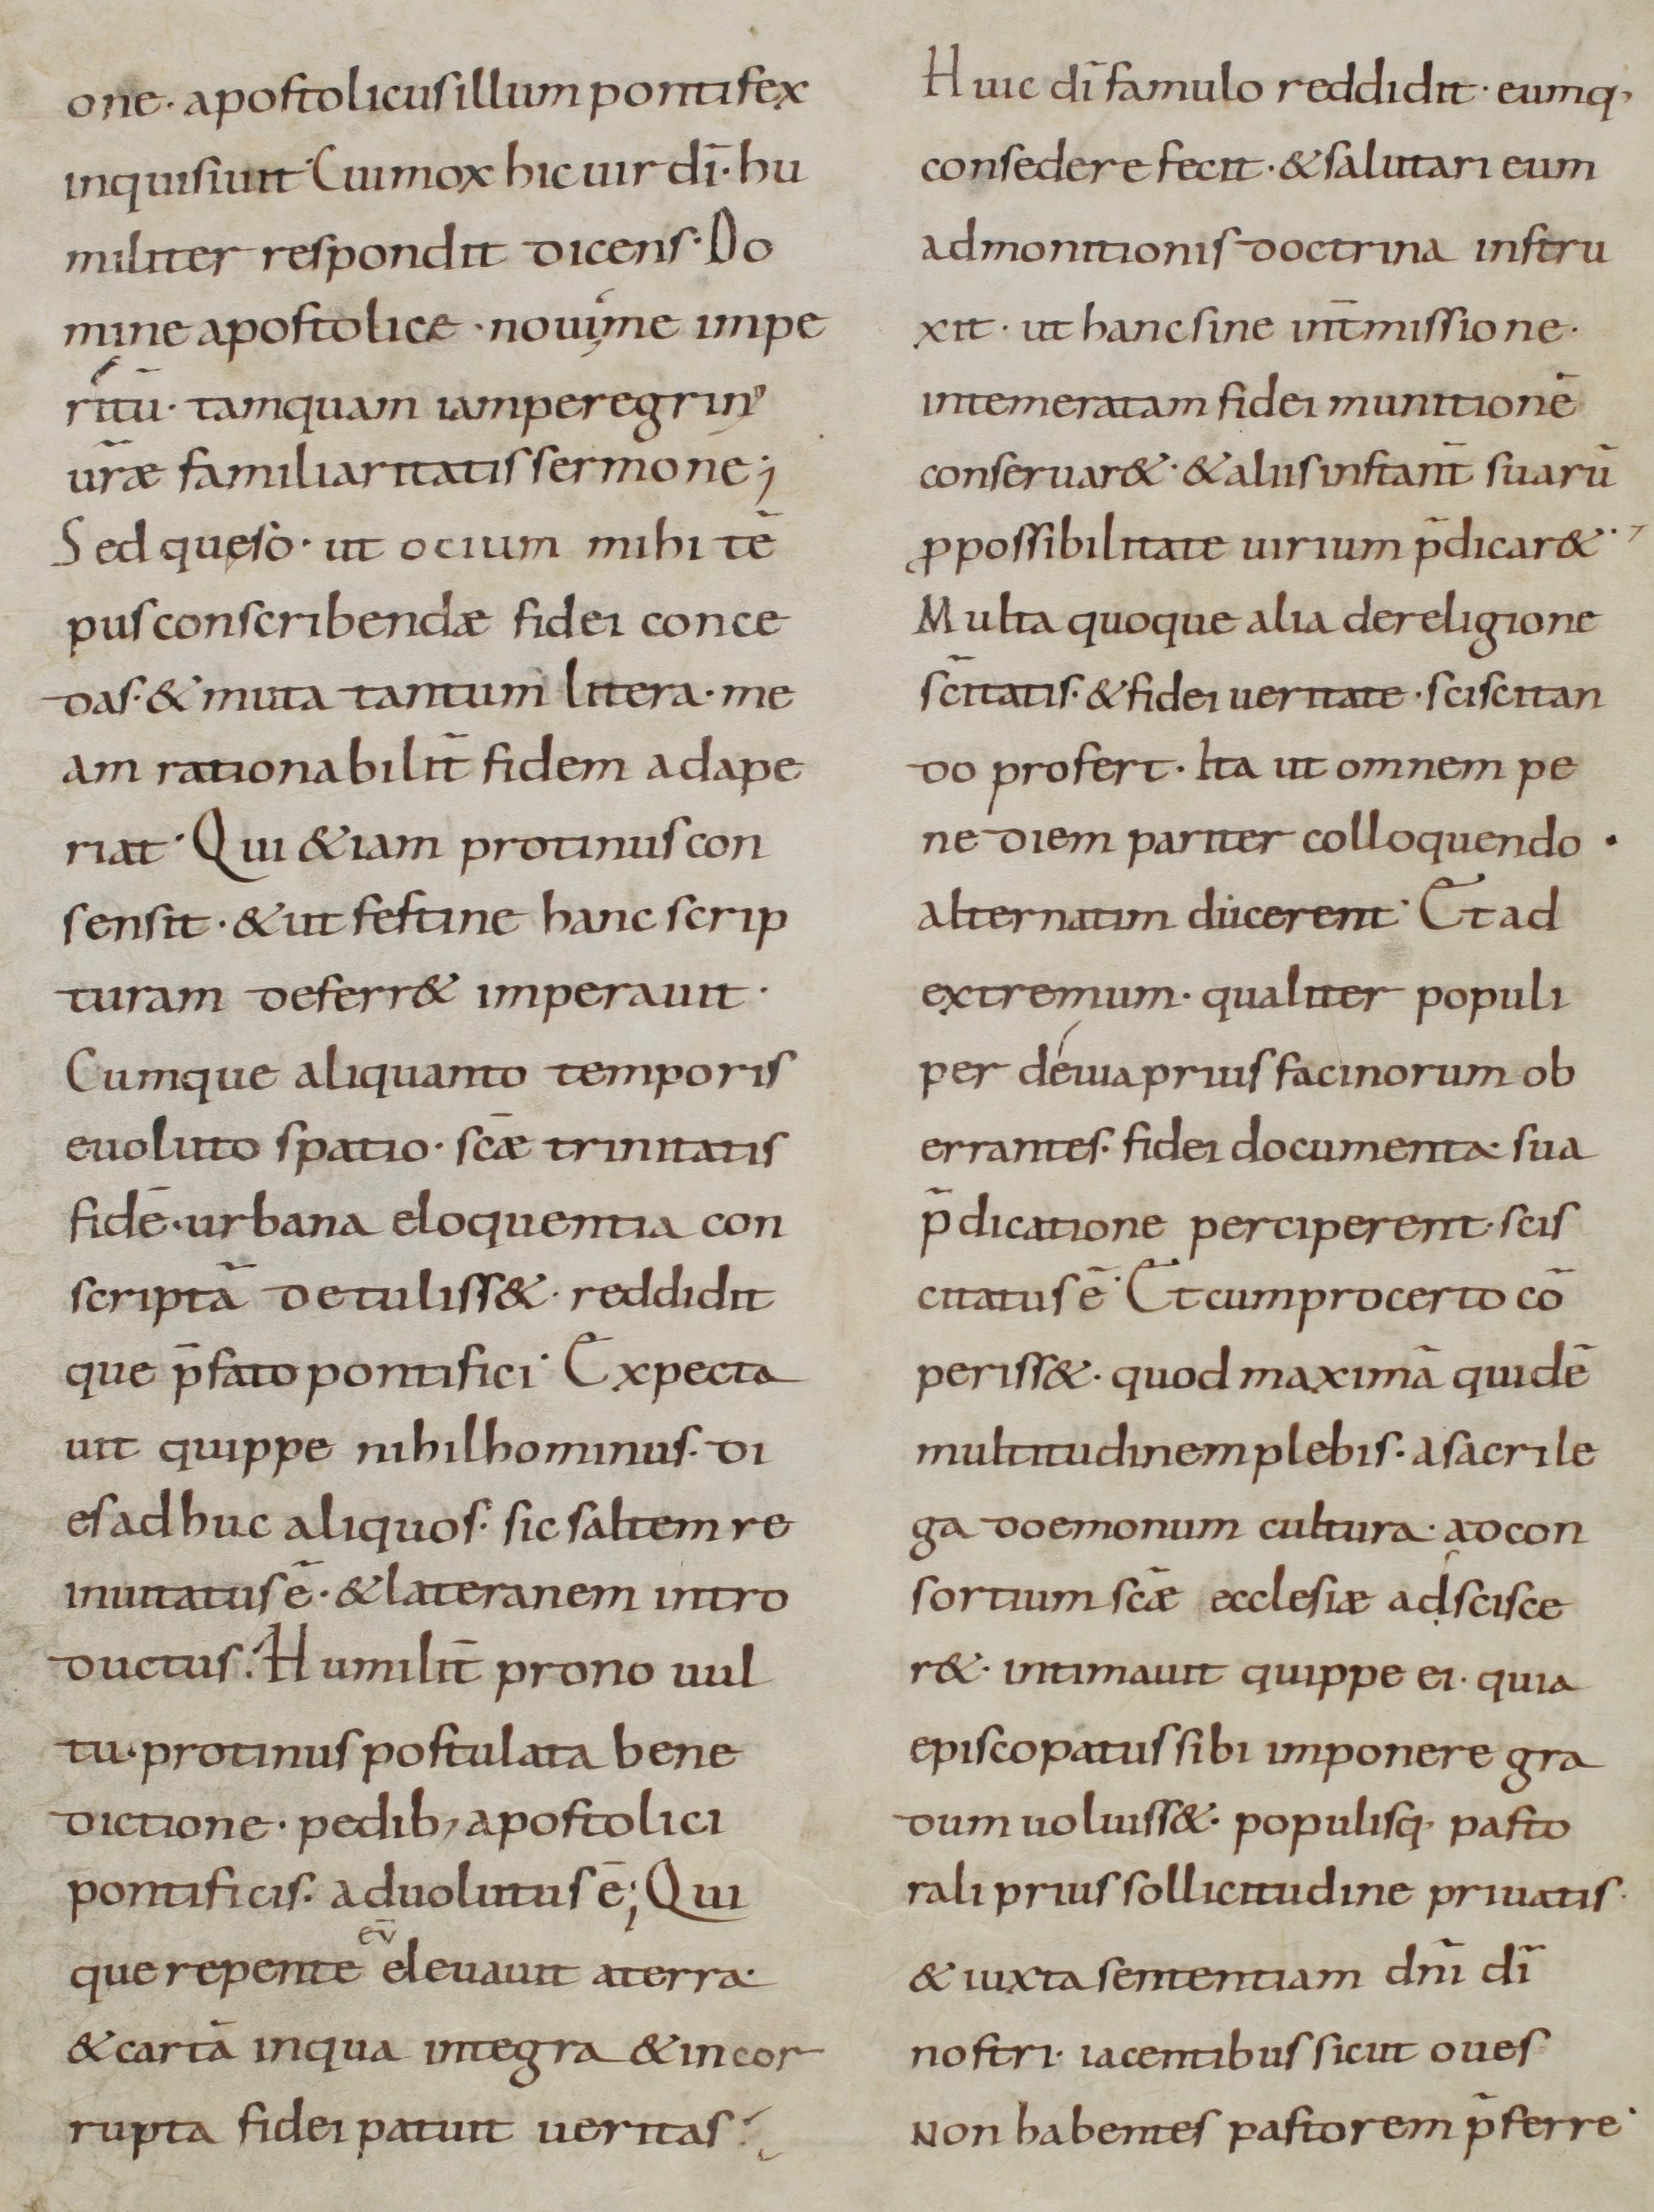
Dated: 800–999